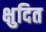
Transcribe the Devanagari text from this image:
क्षुदित